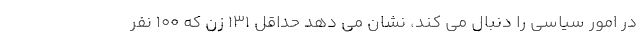
در امور سیاسی را دنبال می کند، نشان می دهد حداقل 131 زن که 100 نفر